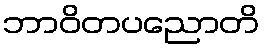
ဘာဝိတပညောတိ